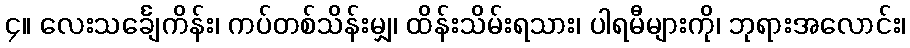
၄။ လေးသင်္ချေကိန်း၊ ကပ်တစ်သိန်းမျှ၊ ထိန်းသိမ်းရသား၊ ပါရမီများကို၊ ဘုရားအလောင်း၊